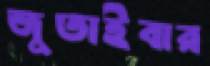
জুতাইবার